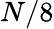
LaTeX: N/8